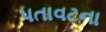
પતાવટના